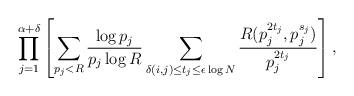
LaTeX: \begin{align*} & \prod_{j=1}^{\alpha + \delta} \left[ \sum_{p_j < R} \frac{\log p_j}{p_j \log R} \sum_{\delta(i, j) \le t_j \le \epsilon \log N} \frac{R(p_j^{2t_j}, p_j^{s_j}) }{p_j^{2t_j} }\right], \end{align*}